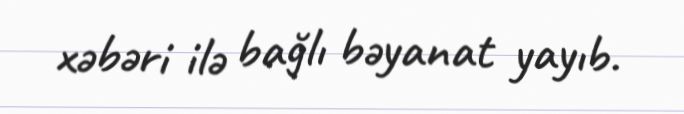
xəbəri ilə bağlı bəyanat yayıb.